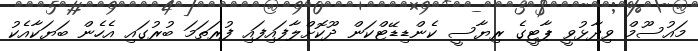
މައުސޫމް ވިދާޅުވީ ޕާޓީގެ ރިޔާސީ ކެންޑިޑޭޓްކަން ދޫކޮށްލާފައިފައި ފުރަތަމަ ބުރުގައި އެހެން ބަޔަކާއެކު